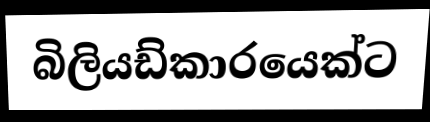
බිලියඩ්කාරයෙක්ට